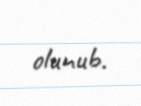
olunub.